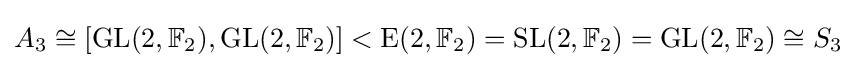
A_{3}\cong [\operatorname {GL} (2,\mathbb {F} _{2}),\operatorname {GL} (2,\mathbb {F} _{2})]<\operatorname {E} (2,\mathbb {F} _{2})=\operatorname {SL} (2,\mathbb {F} _{2})=\operatorname {GL} (2,\mathbb {F} _{2})\cong S_{3}